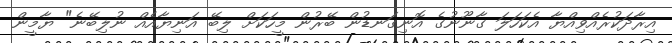
އިރާދަކުރެއްވިއްޔާ އެކަހަލަ ގާނޫނުގެ އޮނިގަނޑުން ބޭރުން މީހަކަށް ލިބޭ އަނިޔާއެއް ނުލިބޭނެ" ޔާމީން